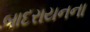
બાદરાયનના